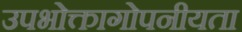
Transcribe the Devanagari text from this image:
उपभोक्तागोपनीयता